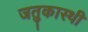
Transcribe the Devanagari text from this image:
जतुकास्थी